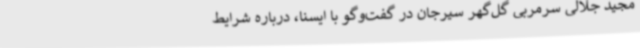
مجید جلالی سرمربی گل‌گهر سیرجان در گفت‌وگو با ایسنا، درباره شرایط